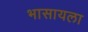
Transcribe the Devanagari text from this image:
भासायला